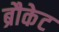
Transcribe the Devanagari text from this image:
ब्रौकेट